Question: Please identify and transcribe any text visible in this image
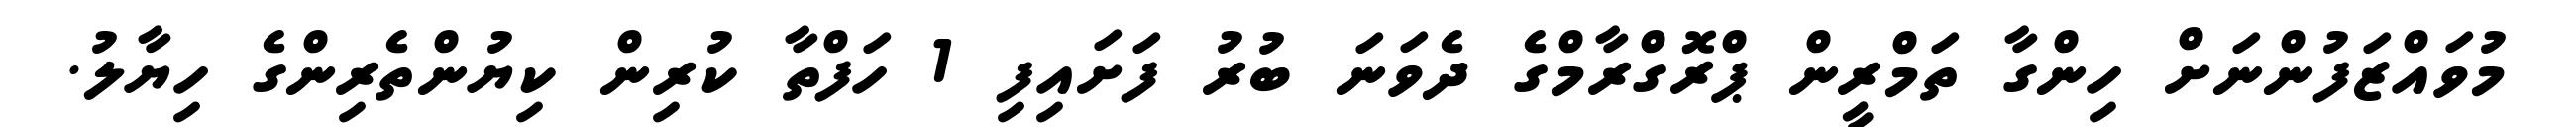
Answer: މުވައްޒަފުންނަށް ހިންގާ ތަމްރީން ޕްރޮގްރާމްގެ ދެވަނަ ބުރު ފަށައިފި 1 ހަފްތާ ކުރިން ކިޔުންތެރިންގެ ހިޔާލު.